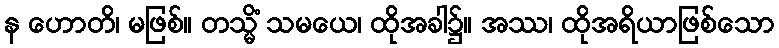
န ဟောတိ၊ မဖြစ်။ တသ္မိံ သမယေ၊ ထိုအခါ၌။ အဿ၊ ထိုအရိယာဖြစ်သော